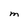
Character: M